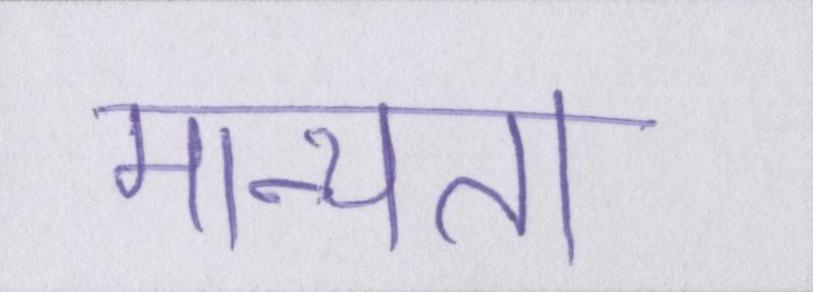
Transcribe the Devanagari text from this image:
मान्यता